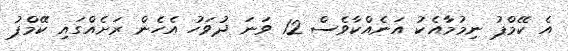
އެ ކޭމްޕު ނިމުމާއެކު އަނެއްކާވެސް 12 ވަނަ ދުވަހު އެހެން ރަށެއްގައި ކޭމްޕު